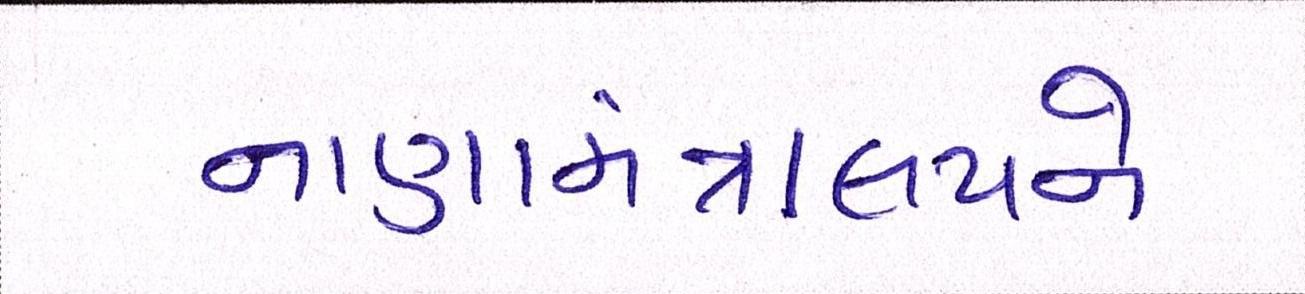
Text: નાણામંત્રાલયને